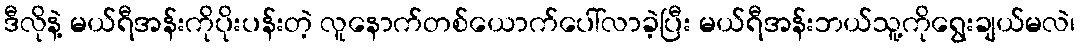
ဒီလိုနဲ့ မယ်ရီအန်းကိုပိုးပန်းတဲ့ လူနောက်တစ်ယောက်ပေါ်လာခဲ့ပြီး မယ်ရီအန်းဘယ်သူ့ကိုရွေးချယ်မလဲ၊